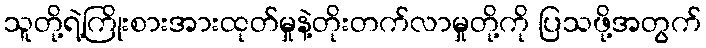
သူတို့ရဲ့ကြိုးစားအားထုတ်မှုနဲ့တိုးတက်လာမှုတို့ကို ပြသဖို့အတွက်